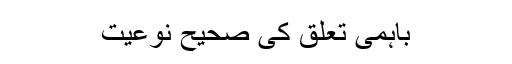
باہمی تعلق کی صحیح نوعیت